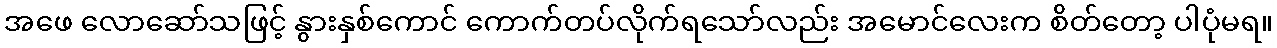
အဖေ လောဆော်သဖြင့် နွားနှစ်ကောင် ကောက်တပ်လိုက်ရသော်လည်း အမောင်လေးက စိတ်တော့ ပါပုံမရ။